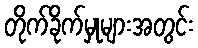
တိုက်ခိုက်မှုများအတွင်း